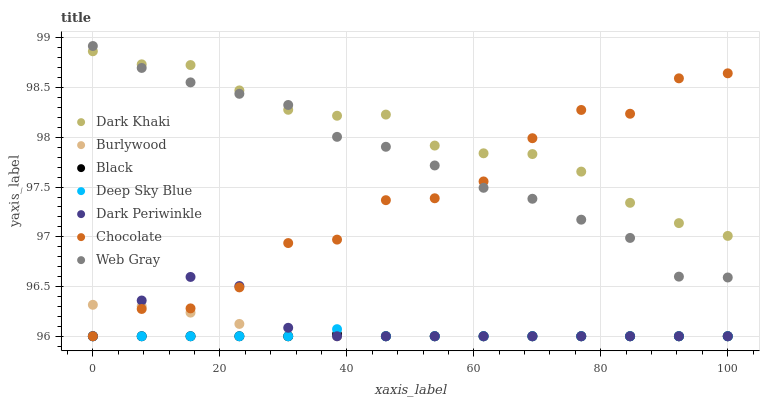
| xaxis_label | Dark Khaki | Burlywood | Black | Deep Sky Blue | Dark Periwinkle | Chocolate | Web Gray |
 | --- | --- | --- | --- | --- | --- | --- | --- |
 | 0 | 98.9 | 96.3 | 96 | 96 | 96 | 96 | 98.9 |
 | 7.69 | 98.7 | 96.3 | 96 | 96 | 96.4 | 96.3 | 98.7 |
 | 15.4 | 98.7 | 96.2 | 96 | 96 | 96.6 | 96.3 | 98.6 |
 | 23.1 | 98.5 | 96.1 | 96 | 96 | 96.5 | 96.5 | 98.4 |
 | 30.8 | 98.3 | 96 | 96 | 96 | 96.1 | 96.9 | 98.3 |
 | 38.5 | 98.2 | 96 | 96 | 96.1 | 96 | 97 | 98 |
 | 46.2 | 98.2 | 96 | 96 | 96 | 96 | 97.4 | 97.9 |
 | 53.8 | 97.9 | 96 | 96 | 96 | 96 | 97.4 | 97.7 |
 | 61.5 | 97.8 | 96 | 96 | 96 | 96 | 97.6 | 97.5 |
 | 69.2 | 97.8 | 96 | 96 | 96 | 96 | 98 | 97.4 |
 | 76.9 | 97.7 | 96 | 96 | 96 | 96 | 98.3 | 97.2 |
 | 84.6 | 97.3 | 96 | 96 | 96 | 96 | 98.2 | 97 |
 | 92.3 | 97.1 | 96 | 96 | 96 | 96 | 98.6 | 96.6 |
 | 100 | 97 | 96 | 96 | 96 | 96 | 98.6 | 96.6 |